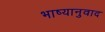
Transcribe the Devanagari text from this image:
भाष्यानुवाद